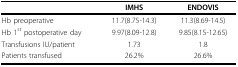
<table><thead><tr><td></td><td><b><underline>IMHS</underline></b></td><td><b><underline>ENDOVIS</underline></b></td></tr></thead><tbody><tr><td>Hb preoperative</td><td>11.7(8.75-14.3)</td><td>11.3(8.69-14.5)</td></tr><tr><td>Hb 1<sup>st </sup>postoperative day</td><td>9.97(8.09-12.8)</td><td>9.85(8.15-12.65)</td></tr><tr><td>Transfusions IU/patient</td><td>1.73</td><td>1.8</td></tr><tr><td>Patients transfused</td><td>26.2%</td><td>26.6%</td></tr></tbody></table>